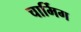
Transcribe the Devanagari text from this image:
चार्मिग